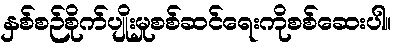
နှစ်စဉ်စိုက်ပျိုးမှုစစ်ဆင်ရေးကိုစစ်ဆေးပါ။